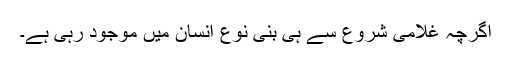
اگرچہ غلامی شروع سے ہی بنی نوع انسان میں موجود رہی ہے۔